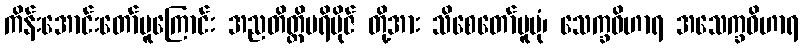
ကိန်းအောင်းတော်မူကြောင်း အညတိတ္ထိပရိဗိုဇ် တို့အား သိစေတော်မူပုံ၊ သေက္ခဝိဟာရ အသေက္ခဝိဟာရ